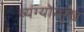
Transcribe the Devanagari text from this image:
व्यंग्योन्मुख